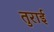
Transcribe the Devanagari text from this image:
तुराई